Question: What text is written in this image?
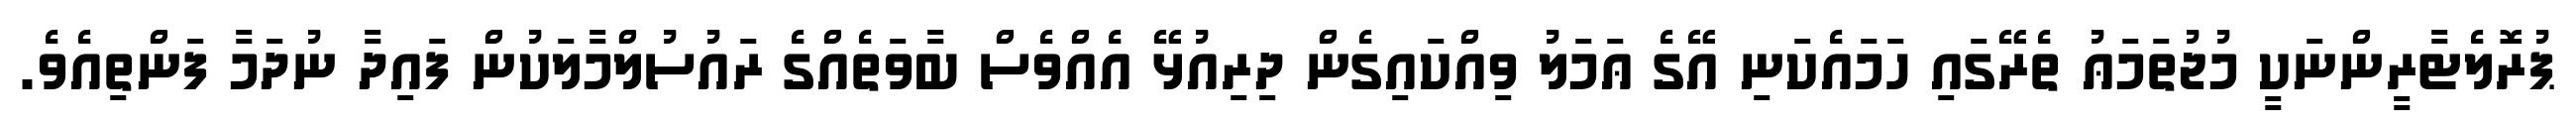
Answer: ޕުރޮލެޓާރީންނަކީ މުޖުތަމަޢު ތެރޭގައި ހަމައެކަނި އޭގެ ޢަމަލު ވިއްކައިގެން ދިރިއުޅޭ އެއްވެސް ބާވަތެއްގެ ރައުސުލްމާލަކުން ފައިދާ ނުދަމާ ފަންތިއެވެ.